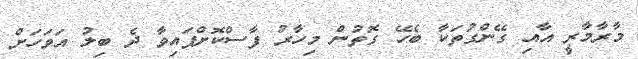
މާރާމާރީ އާއި ގޭންގުތަކާ ބެހޭ ގޮތުން މިހާރު ފާސްކޮށްފައިވާ ދެ ބިލު އަވަހަށް